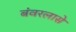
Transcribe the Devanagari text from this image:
बंवरलासे